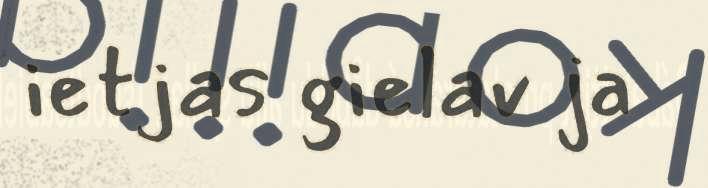
ietjas gielav ja